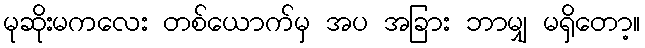
မုဆိုးမကလေး တစ်ယောက်မှ အပ အခြား ဘာမျှ မရှိတော့။